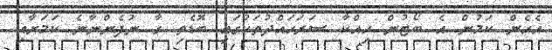
އެހެން ކަމުން އެ ބޯޓުން ހިއްކާ ސަރަހައްދުތަކުގައި ބޮޑެތި ގާ ނުފެންނާނެ ކަމަށާއި